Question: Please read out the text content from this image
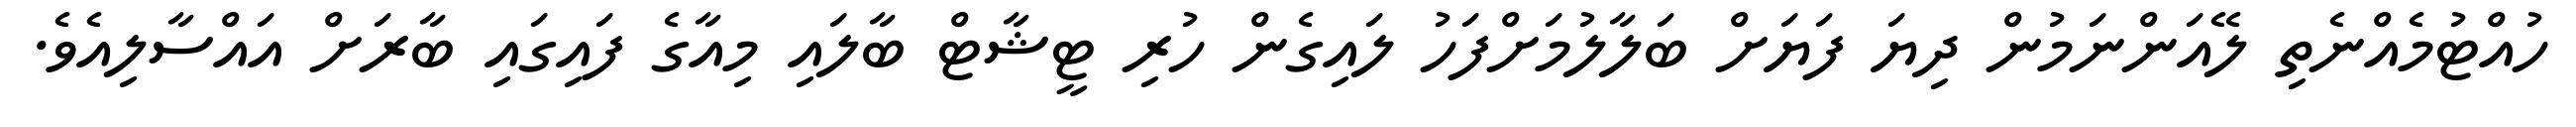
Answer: ހުއްޓުމެއްނެތި ލޭއަންނަމުން ދިޔަ ފަޔަށް ބަލާލުމަށްފަހު ލައިގެން ހުރި ޓީޝާޓް ބާލައި މިއާގެ ފައިގައި ބާރަށް އައްސާލިއެވެ.